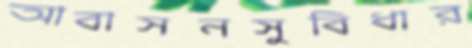
আবাসনসুবিধার